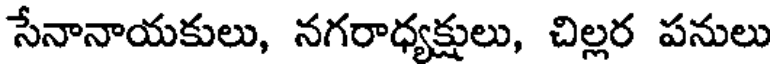
సేనానాయకులు, నగరాధ్యక్షులు, చిల్లర పనులు